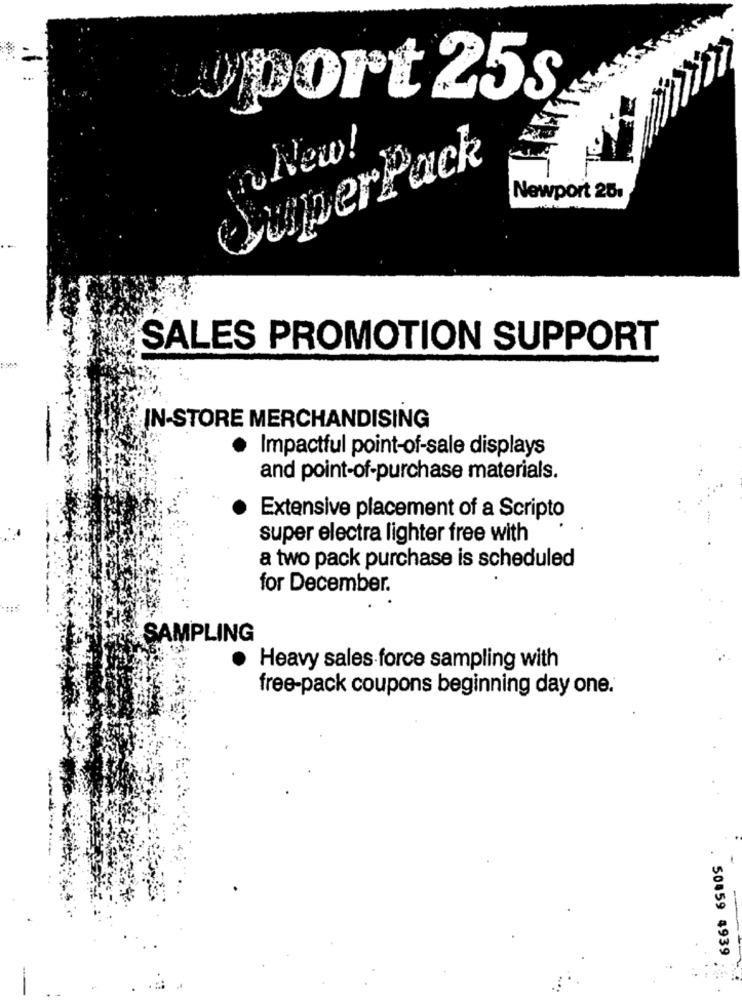
port 25s
No New!
GuperPack
Newport 25:
SALES PROMOTION SUPPORT
IN-STORE MERCHANDISING
Impactful point-of-sale displays
and point-of-purchase materials.
Extensive placement of a Scripto
super electra lighter free with
a two pack purchase is scheduled
for December.
SAMPLING
Heavy sales force sampling with
free-pack coupons beginning day one.
-
50459 4939